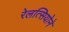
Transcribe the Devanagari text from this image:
रेलत्सियोने